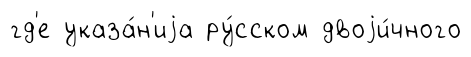
гд'е указа́н'иjа ру́сском двоjи́чного